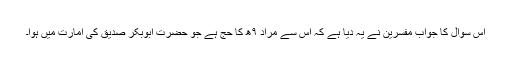
اس سوال کا جواب مفسرین نے یہ دیا ہے کہ اس سے مراد ۹ھ کا حج ہے جو حضرت ابوبکرؓ صدیق کی امارت میں ہوا۔